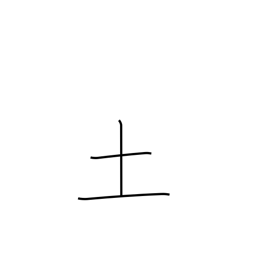
Meaning: soil